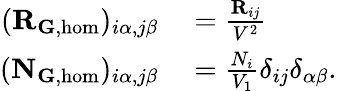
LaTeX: \begin{array}{rl}{(\mathbf{R}_{{\mathbf G},\mathrm{hom}})_{i\alpha,j\beta}}&{{}=\frac{\mathbf{R}_{ij}}{V^{2}}}\\ {(\mathbf{N}_{\mathbf{G},\mathrm{hom}})_{i\alpha,j\beta}}&{{}=\frac{N_{i}}{V_{1}}\delta_{ij}\delta_{\alpha\beta}.}\end{array}